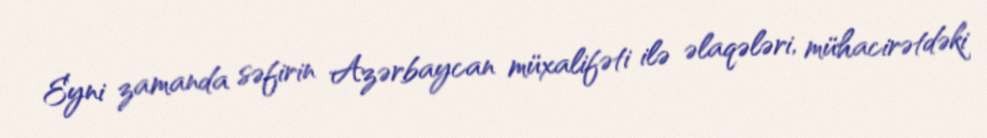
Eyni zamanda səfirin Azərbaycan müxalifəti ilə əlaqələri, mühacirətdəki